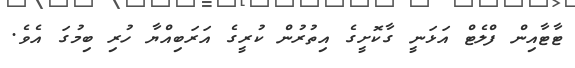
ޓާޓާއިން ފްލެޓް އަޅަނީ ގާކޮށީގެ އިތުރުން ކުރީގެ އަރަބިއްޔާ ހުރި ބިމުގަ އެވެ.